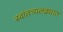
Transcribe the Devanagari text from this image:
स्वांतत्र्यलढ्यात